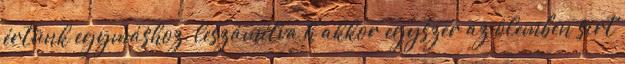
értünk egymáshoz, leszámítva h akkor egyszer az ölemben sirt